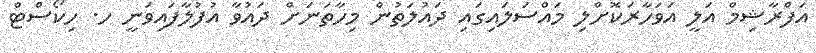
އަފްރާޝިމް އަލީ އަވަހާރަކޮށްލި މައްސަލައިގައި ދައުލަތުން މިހާތަނަށް ދައުވާ އުފުލާފައިވަނީ ހ. ހިކޯސްޓް